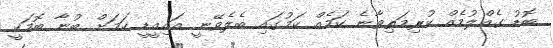
ބޮޑު ގެއްލުމެއް ކުރިމަތިވާނެ ކަމެއް ކަމުގައި ބެލެވޭނީ އައިއީޑީ ކަމަށް ބުނާ ބޮމަކީ